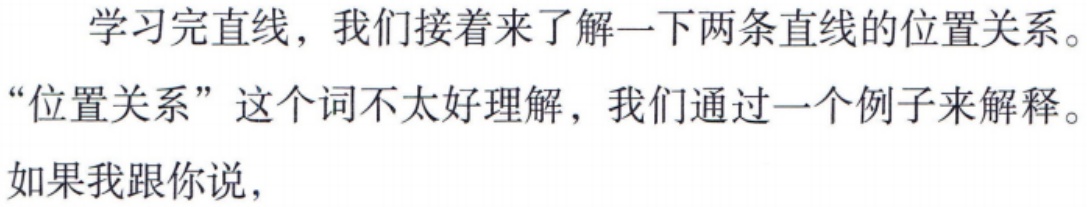
学习完直线，我们接着来了解一下两条直线的位置关系。

“位置关系”这个词不太好理解，我们通过一个例子来解释。

如果我跟你说，